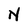
Character: N